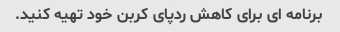
برنامه ای برای کاهش ردپای کربن خود تهیه کنید.